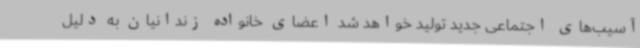
آسیب‌های اجتماعی جدید تولید خواهد شد اعضای خانواده زندانیان به دلیل